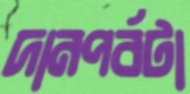
দানপর্বটা